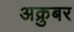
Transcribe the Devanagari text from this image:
अक्रुबर